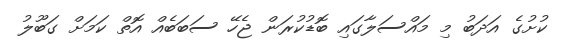
ކުށުގެ އަދަބު މި މައްސަލާގައި ބޮޑުކުރަން ޖެހޭ ސަބަބެއް އޮތް ކަމަށް ގަބޫލު